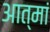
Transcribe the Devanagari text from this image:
आत्मां